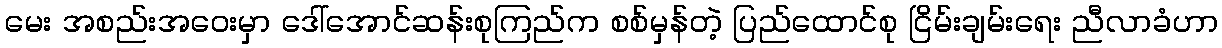
မေး အစည်းအဝေးမှာ ဒေါ်အောင်ဆန်းစုကြည်က စစ်မှန်တဲ့ ပြည်ထောင်စု ငြိမ်းချမ်းရေး ညီလာခံဟာ